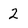
Character: 2